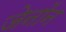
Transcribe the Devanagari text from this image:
जेनॉन